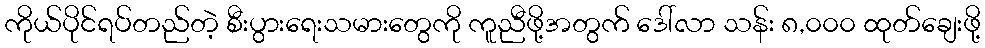
ကိုယ်ပိုင်ရပ်တည်တဲ့ စီးပွားရေးသမားတွေကို ကူညီဖို့အတွက် ဒေါ်လာ သန်း ၈,၀၀၀ ထုတ်ချေးဖို့